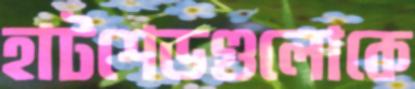
হাটশেডগুলোকে